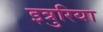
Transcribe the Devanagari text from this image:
इत्रुरिया